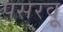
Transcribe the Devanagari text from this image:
पसरवू